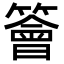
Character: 𥵊